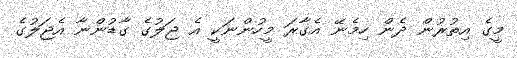
މީގެ އިތުރުން ދެން ހިމެނޭ އެގާރަ މީހުންނަކީ އެ ޖަލުގެ ގާޑުންނާ އެޖަލުގެ